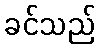
ခင်သည်